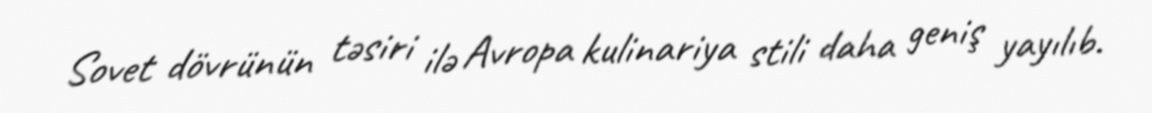
Sovet dövrünün təsiri ilə Avropa kulinariya stili daha geniş yayılıb.